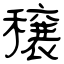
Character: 穣